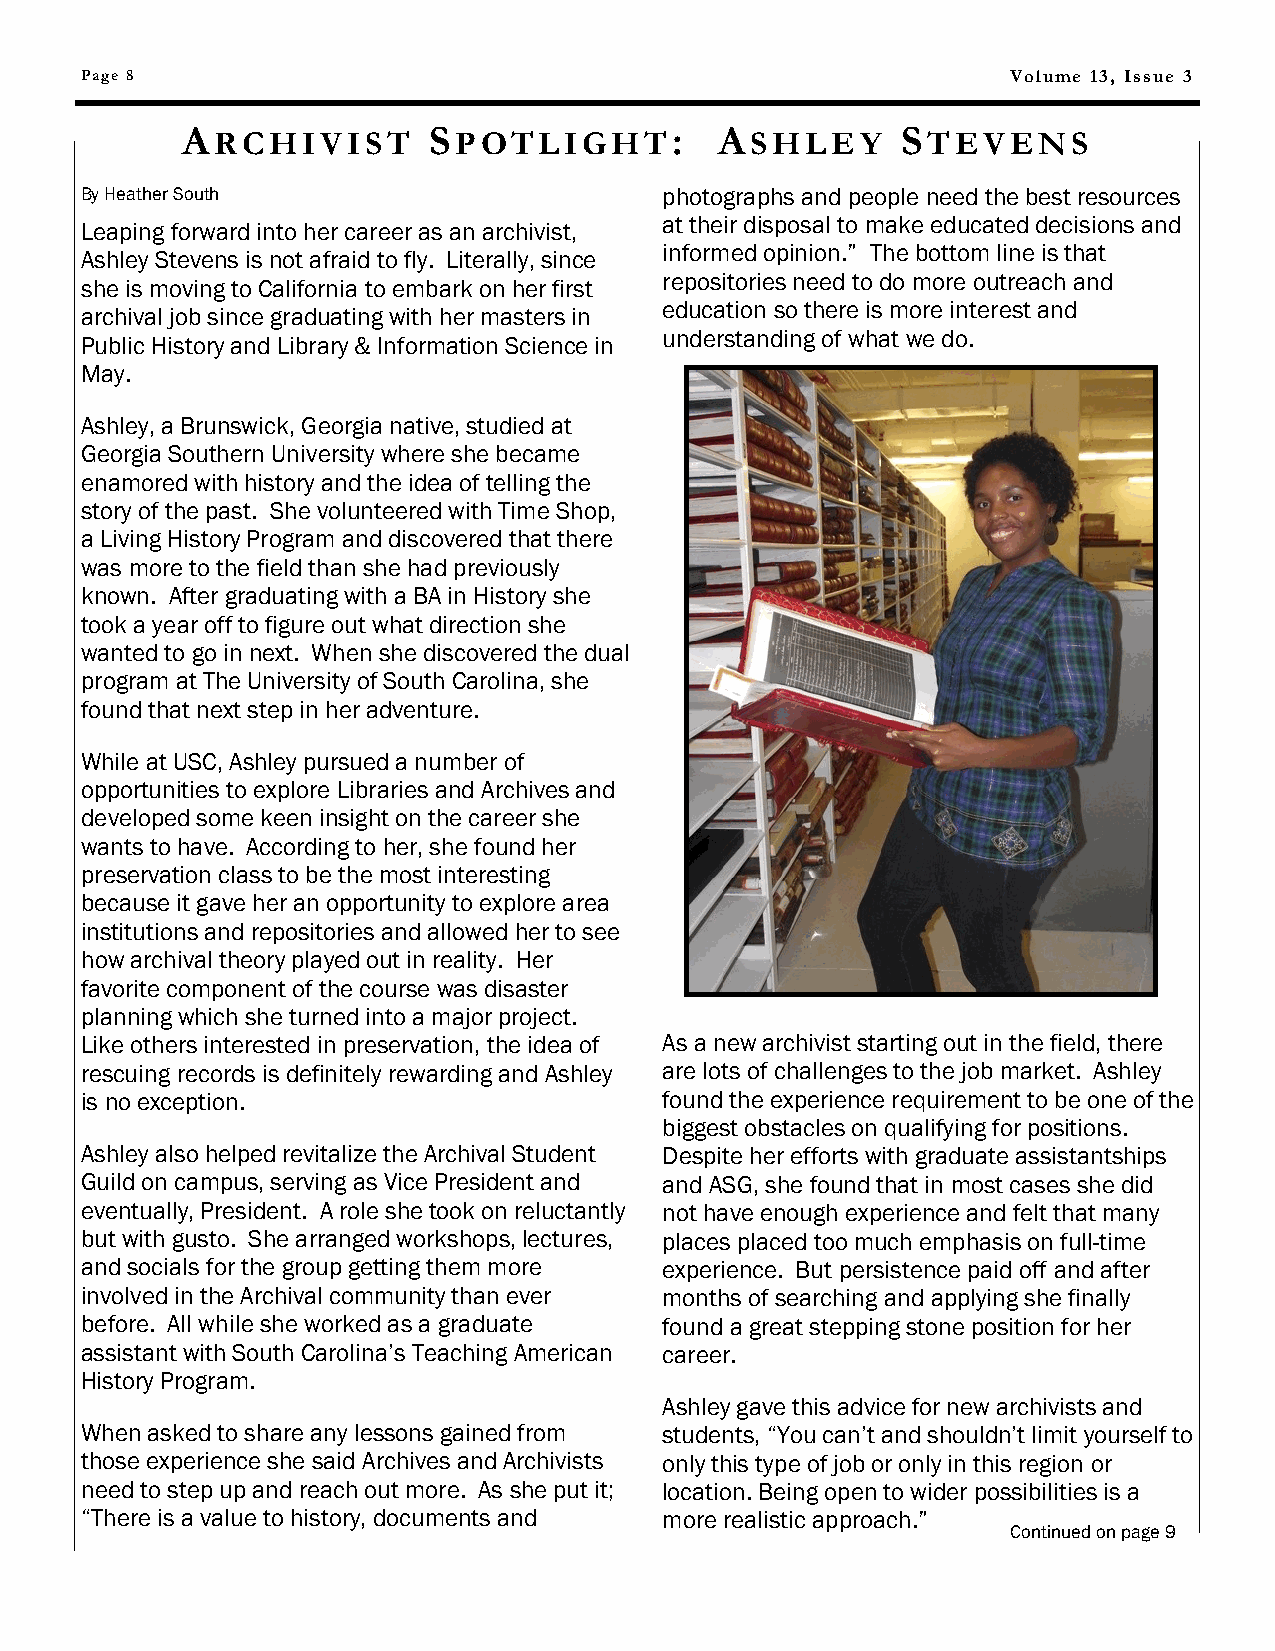
Page 8                                                        Volume 13, Issue 3
 A               S                :  A           S
 RCHIVIST        POTLIGHT            SHLEY      TEVENS
 By Heather South                       photographs and people need the best resources
 at their disposal to make educated decisions and
 Leaping forward into her career as an archivist,
 informed opinion.‖ The bottom line is that
 Ashley Stevens is not afraid to fly. Literally, since
 repositories need to do more outreach and
 she is moving to California to embark on her first
 education so there is more interest and
 archival job since graduating with her masters in
 understanding of what we do.
 Public History and Library & Information Science in
 May.
 Ashley, a Brunswick, Georgia native, studied at
 Georgia Southern University where she became
 enamored with history and the idea of telling the
 story of the past. She volunteered with Time Shop,
 a Living History Program and discovered that there
 was more to the field than she had previously
 known. After graduating with a BA in History she
 took a year off to figure out what direction she
 wanted to go in next. When she discovered the dual
 program at The University of South Carolina, she
 found that next step in her adventure.
 While at USC, Ashley pursued a number of
 opportunities to explore Libraries and Archives and
 developed some keen insight on the career she
 wants to have. According to her, she found her
 preservation class to be the most interesting
 because it gave her an opportunity to explore area
 institutions and repositories and allowed her to see
 how archival theory played out in reality. Her
 favorite component of the course was disaster
 planning which she turned into a major project.
 Like others interested in preservation, the idea of As a new archivist starting out in the field, there
 rescuing records is definitely rewarding and Ashley are lots of challenges to the job market. Ashley
 is no exception.                       found the experience requirement to be one of the
 biggest obstacles on qualifying for positions.
 Ashley also helped revitalize the Archival Student Despite her efforts with graduate assistantships
 Guild on campus, serving as Vice President and and ASG, she found that in most cases she did
 eventually, President. A role she took on reluctantly not have enough experience and felt that many
 but with gusto. She arranged workshops, lectures, places placed too much emphasis on full-time
 and socials for the group getting them more experience. But persistence paid off and after
 involved in the Archival community than ever months of searching and applying she finally
 before. All while she worked as a graduate found a great stepping stone position for her
 assistant with South Carolina‘s Teaching American career.
 History Program.
 Ashley gave this advice for new archivists and
 When asked to share any lessons gained from students, ―You can‘t and shouldn‘t limit yourself to
 those experience she said Archives and Archivists only this type of job or only in this region or
 need to step up and reach out more. As she put it; location. Being open to wider possibilities is a
 ―There is a value to history, documents and more realistic approach.‖
 Continued on page 9